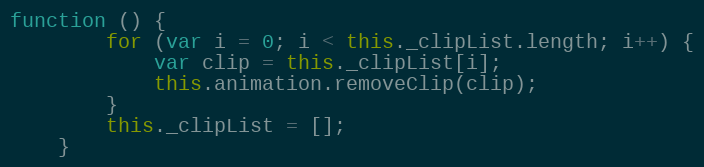
Language: JavaScript
function () {
        for (var i = 0; i < this._clipList.length; i++) {
            var clip = this._clipList[i];
            this.animation.removeClip(clip);
        }
        this._clipList = [];
    }